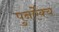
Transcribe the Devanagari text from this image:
पुनर्ऐक्य